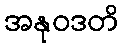
အနုဝဒတိ